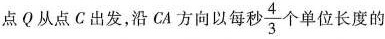
点Q从点C出发，沿CA方向以每秒 \frac{4}{3}个单位长度的